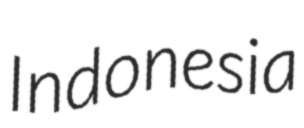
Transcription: Indonesia